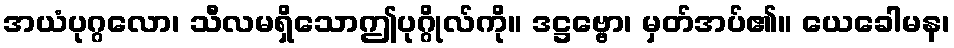
အယံပုဂ္ဂလော၊ သီလမရှိသောဤပုဂ္ဂိုလ်ကို။ ဒဋ္ဌဗ္ဗော၊ မှတ်အပ်၏။ ယေခေါမန၊